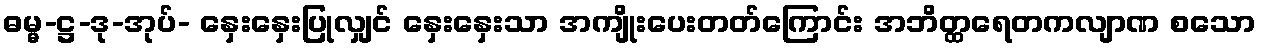
ဓမ္မ-ဋ္ဌ-ဒု-အုပ်- နှေးနှေးပြုလျှင် နှေးနှေးသာ အကျိုးပေးတတ်ကြောင်း အဘိတ္ထရေတကလျာဏ စသော